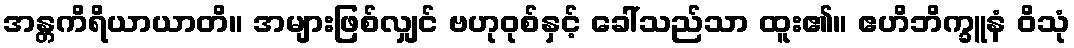
အန္တကိရိယာယာတိ။ အများဖြစ်လျှင် ဗဟုဝုစ်နှင့် ခေါ်သည်သာ ထူး၏။ ဧဟိဘိက္ခူနံ ဝိသုံ